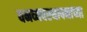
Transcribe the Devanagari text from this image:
वनव्यवस्थापनाच्या